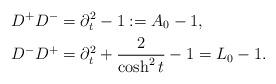
LaTeX: \begin{align*}D^+ D^- &=\partial_t^2-1 :=A_0-1,\\D^- D^+ &=\partial_t^2+\frac{2}{\cosh^2{t}}-1=L_0-1.\end{align*}